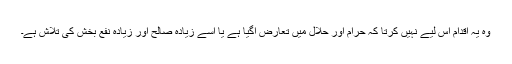
وہ یہ اقدام اس لیے نہیں کرتا کہ حرام اور حلال میں تعارض آگیا ہے یا اسے زیادہ صالح اور زیادہ نفع بخش کی تلاش ہے۔